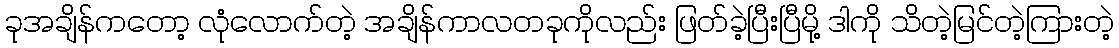
ခုအချိန်ကတော့ လုံလောက်တဲ့ အချိန်ကာလတခုကိုလည်း ဖြတ်ခဲ့ပြီးပြီမို့ ဒါကို သိတဲ့မြင်တဲ့ကြားတဲ့